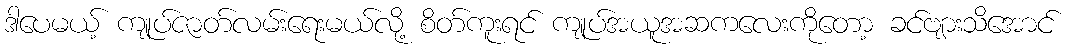
ဒါပေမယ့် ကျုပ်ဇာတ်လမ်းရေးမယ်လို့ စိတ်ကူးရင် ကျုပ်အယူအဆကလေးကိုတော့ ခင်ဗျားသိအောင်